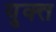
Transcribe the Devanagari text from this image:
युक्त्त